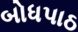
બોધપાઠ